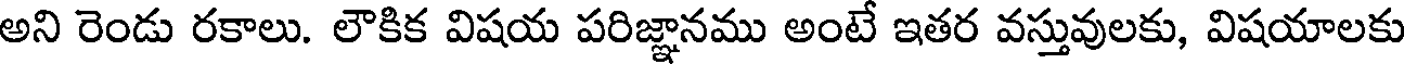
అని రెండు రకాలు. లౌకిక విషయ పరిజ్ఞానము అంటే ఇతర వస్తువులకు, విషయాలకు